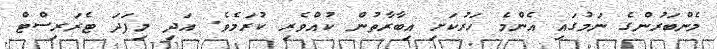
މެންބަރުންގެ ނަމުގައި އެންމެ ހަރުކަށި އިބާރާތުން ކުއްވެރި ކުރަމެވެ. އަދި މިފަދަ ޓެރަރިސްޓް